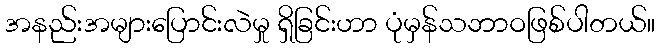
အနည်းအများပြောင်းလဲမှု ရှိခြင်းဟာ ပုံမှန်သဘာဝဖြစ်ပါတယ်။